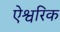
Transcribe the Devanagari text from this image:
ऐश्वरिक